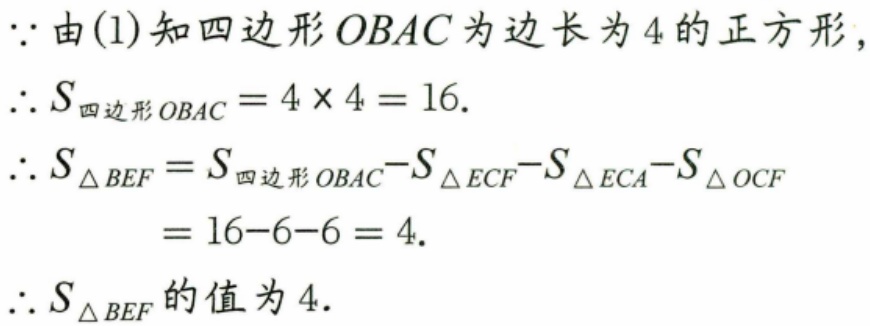
$\because$由(1)知四边形$OBAC$为边长为$4$的正方形,
$\therefore S_{四边形OBAC}=4\times 4 = 16.$
$\therefore S_{\triangle BEF}=S_{四边形OBAC}-S_{\triangle ECF}-S_{\triangle ECA}-S_{\triangle OCF}$
$=16 - 6 - 6=4.$
$\therefore S_{\triangle BEF}$的值为$4.$